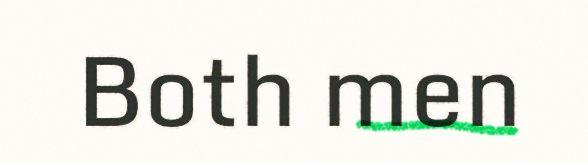
Both men